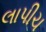
લાપીચ